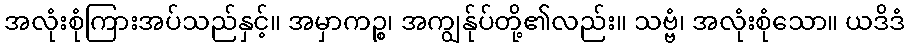
အလုံးစုံကြားအပ်သည်နှင့်။ အမှာကဉ္စ၊ အကျွန်ုပ်တို့၏လည်း။ သဗ္ဗံ၊ အလုံးစုံသော။ ယဒိဒံ